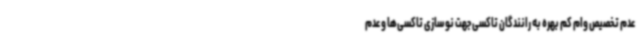
عدم تخصیص وام کم بهره به رانندگان تاکسی جهت نوسازی تاکسی‌ها و عدم